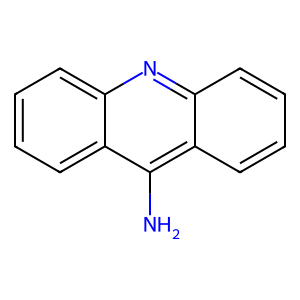
SMILES: Nc1c2ccccc2nc2ccccc12
Inhibits HIV replication: No